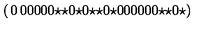
\left( \begin{matrix} { 0 } & { 0 } & { 0 } & { 0 } & { 0 } \\ { 0 } & { \star } & { \star } & { 0 } & { \star } \\ { 0 } & { \star } & { \star } & { 0 } & { \star } \\ { 0 } & { 0 } & { 0 } & { 0 } & { 0 } \\ { 0 } & { \star } & { \star } & { 0 } & { \star } \\ \end{matrix} \right)